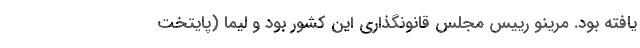
یافته بود. مرینو رییس مجلس قانونگذاری این کشور بود و لیما (پایتخت